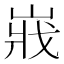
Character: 𡸤